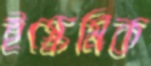
ইস্কেমিক